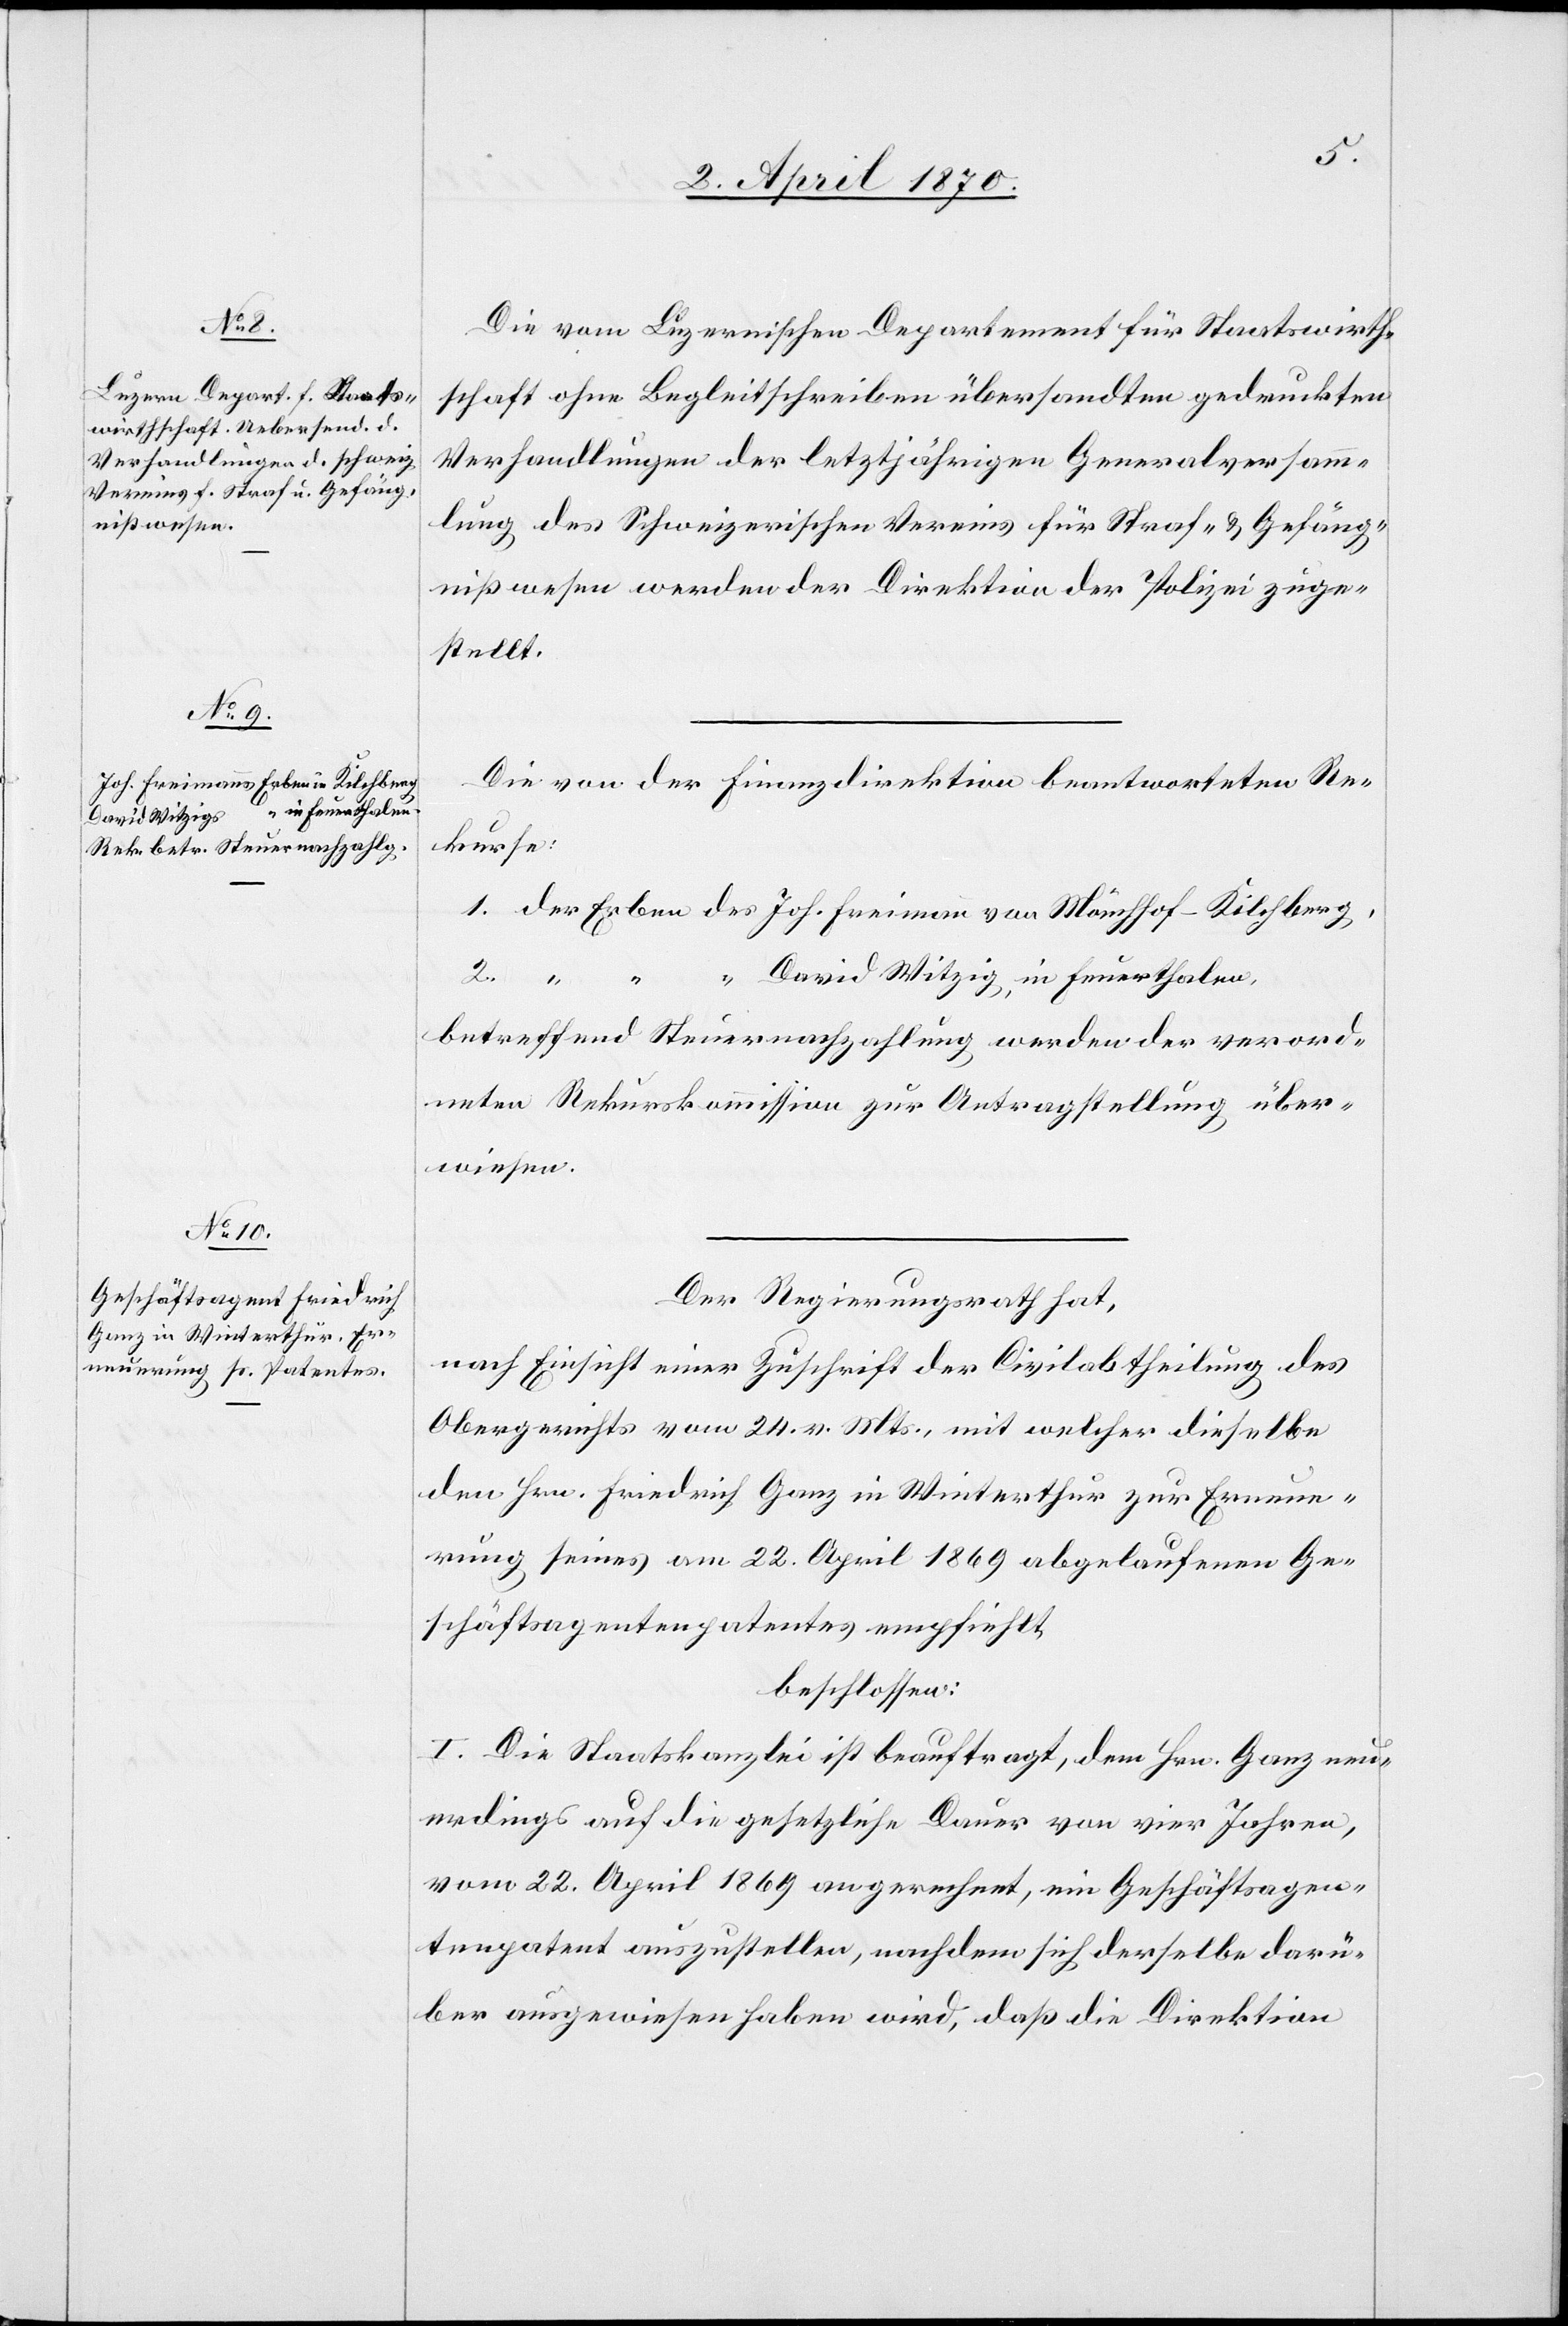
Die vom Luzernischen Departement für Staatswirth¬
schaft ohne Begleitschreiben übersandten gedruckten
Verhandlungen der letztjährigen Generalversamm¬
lung des Schweizerischen Vereins für Straf- & Gefäng¬
nißwesen werden der Direktion der Polizei zuge¬
stellt.
Die von der Finanzdirektion beantworteten Re¬
kurse:
1. der Erben des Joh. Freimann von Mönchhof - Kilchberg,
2. “ “ “ David Witzig, in Feuerthalen,
betreffend Steuernachzahlung werden der verord¬
neten Rekurskommission zur Antragstellung über¬
wiesen.
Der Regierungsrath hat,
nach Einsicht einer Zuschrift der Civilabtheilung des
Obergerichts vom 24. v. Mts., mit welcher dieselbe
den Hrn. Friedrich Ganz in Winterthur zur Erneue¬
rung seines am 22. April 1869 abgelaufenen Ge¬
schäftsagentenpatentes empfiehlt
beschlossen:
I. Die Staatskanzlei ist beauftragt, dem Hrn. Ganz neu¬
erdings auf die gesetzliche Dauer von vier Jahren,
vom 22. April 1869 an gerechnet, ein Geschäftsagen¬
tenpatent auszustellen, nachdem sich derselbe darü¬
ber ausgewiesen haben wird, daß die Direktion